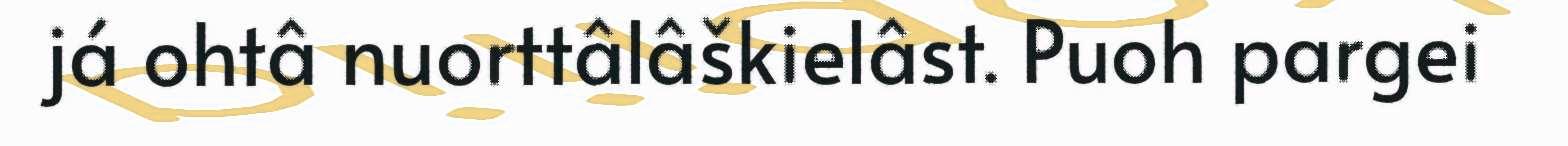
já ohtâ nuorttâlâškielâst. Puoh pargei